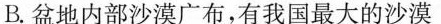
B.盆地内部沙漠广布，有我国最大的沙漠